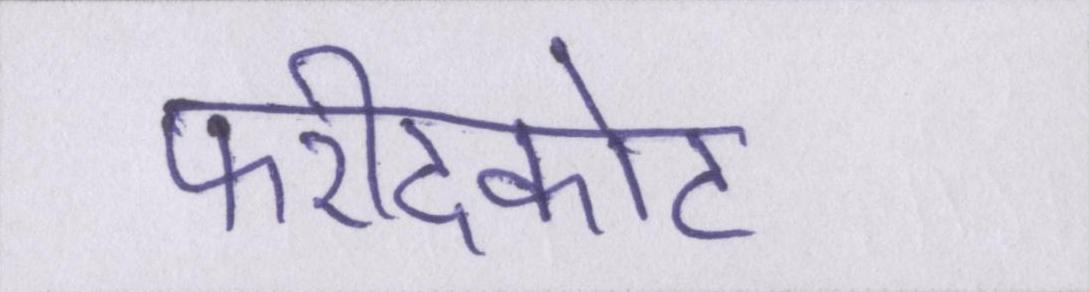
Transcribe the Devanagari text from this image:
फरीदकोट